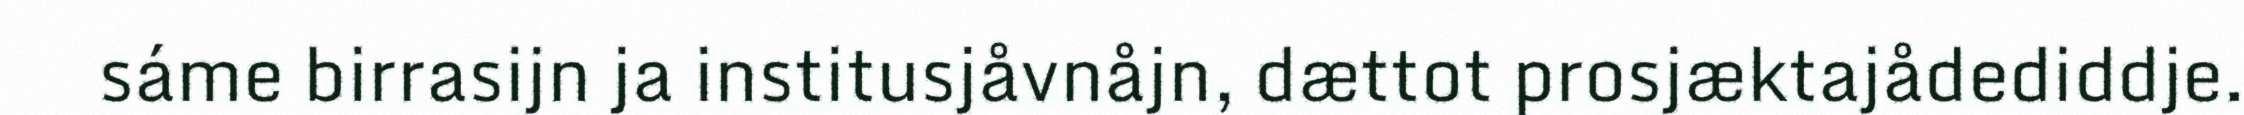
sáme birrasijn ja institusjåvnåjn, dættot prosjæktajådediddje.